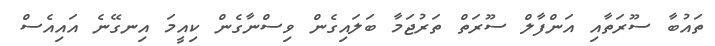
ތައުބާ ސޫރަތާއި އަންފާލް ސޫރަތް ތަރުޖަމާ ބަލައިގެން ވިސްނާގެން ކިއީމަ އިނގޭނެ އައިއެސް